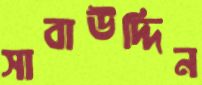
সাবাউদ্দিন